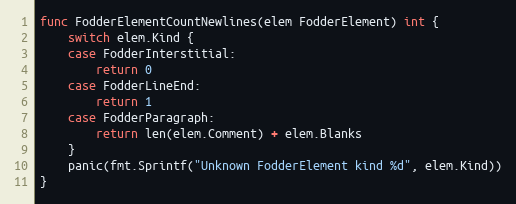
Language: Go
func FodderElementCountNewlines(elem FodderElement) int {
	switch elem.Kind {
	case FodderInterstitial:
		return 0
	case FodderLineEnd:
		return 1
	case FodderParagraph:
		return len(elem.Comment) + elem.Blanks
	}
	panic(fmt.Sprintf("Unknown FodderElement kind %d", elem.Kind))
}